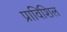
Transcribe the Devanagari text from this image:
प्राविंशिल